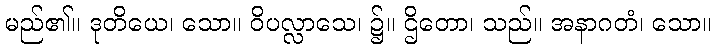
မည်၏။ ဒုတိယေ၊ သော။ ဝိပလ္လာသေ၊ ၌။ ဌိတော၊ သည်။ အနာဂတံ၊ သော။